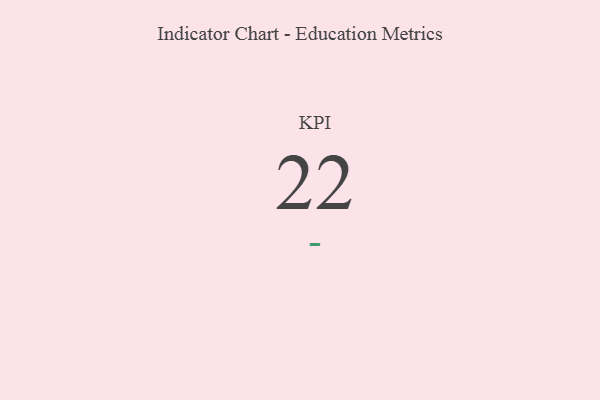
{"axis": {"x": "KPI", "y": "Value"}, "legend": [""], "data": [{"x": "KPI", "y": 22, "type": ""}]}